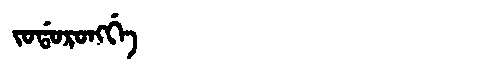
Manchu: ᠵᠣᡩᠣᡵᠣᠩᡤᡝ
Romanization: JODORONGGE